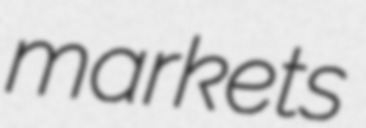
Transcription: markets